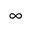
\infty